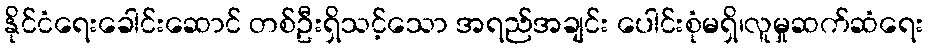
နိုင်ငံရေးခေါင်းဆောင် တစ်ဦးရှိသင့်သော အရည်အချင်း ပေါင်းစုံမရှိ၊လူမှုဆက်ဆံရေး